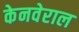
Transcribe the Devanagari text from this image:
केनवेराल